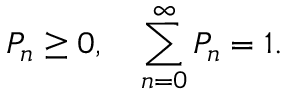
P _ { n } \ge 0 , \quad \sum _ { n = 0 } ^ { \infty } P _ { n } = 1 .